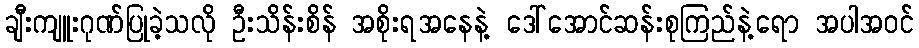
ချီးကျူးဂုဏ်ပြုခဲ့သလို ဦးသိန်းစိန် အစိုးရအနေနဲ့ ဒေါ်အောင်ဆန်းစုကြည်နဲ့ရော အပါအဝင်